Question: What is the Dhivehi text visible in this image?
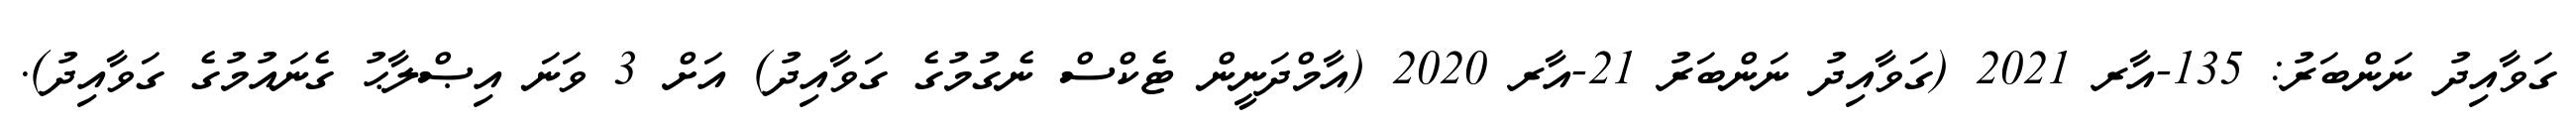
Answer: ގަވާއިދު ނަންބަރު: 135-އާރ 2021 (ގަވާއިދު ނަންބަރު 21-އާރ 2020 (އާމްދަނީން ޓެކްސް ނެގުމުގެ ގަވާއިދު) އަށް 3 ވަނަ އިޞްލާޙު ގެނައުމުގެ ގަވާއިދު).